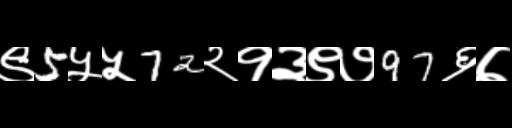
Text: ९5५५72२१३९७97६७